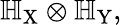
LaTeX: \mathbb{H}_{\mathrm{X}}\otimes\mathbb{H}_{\mathrm{Y}},